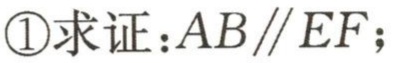
\textcircled{1}求证：\(AB\parallel EF\)；